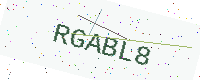
Text: RGABL8